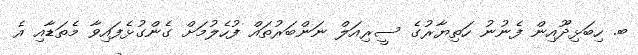
ބ. ހިބަޅިދޫއިން ފެނުނު ހަތިޔާރުގެ ސީރިއަލް ނަންބަރުތައް ފުހެލުމަށް ގެންގުޅެފައިވާ މެތަޑާއި އެ